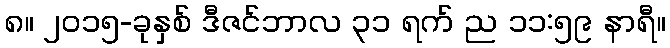
၈။ ၂၀၁၅-ခုနှစ် ဒီဇင်ဘာလ ၃၁ ရက် ည ၁၁:၅၉ နာရီ။